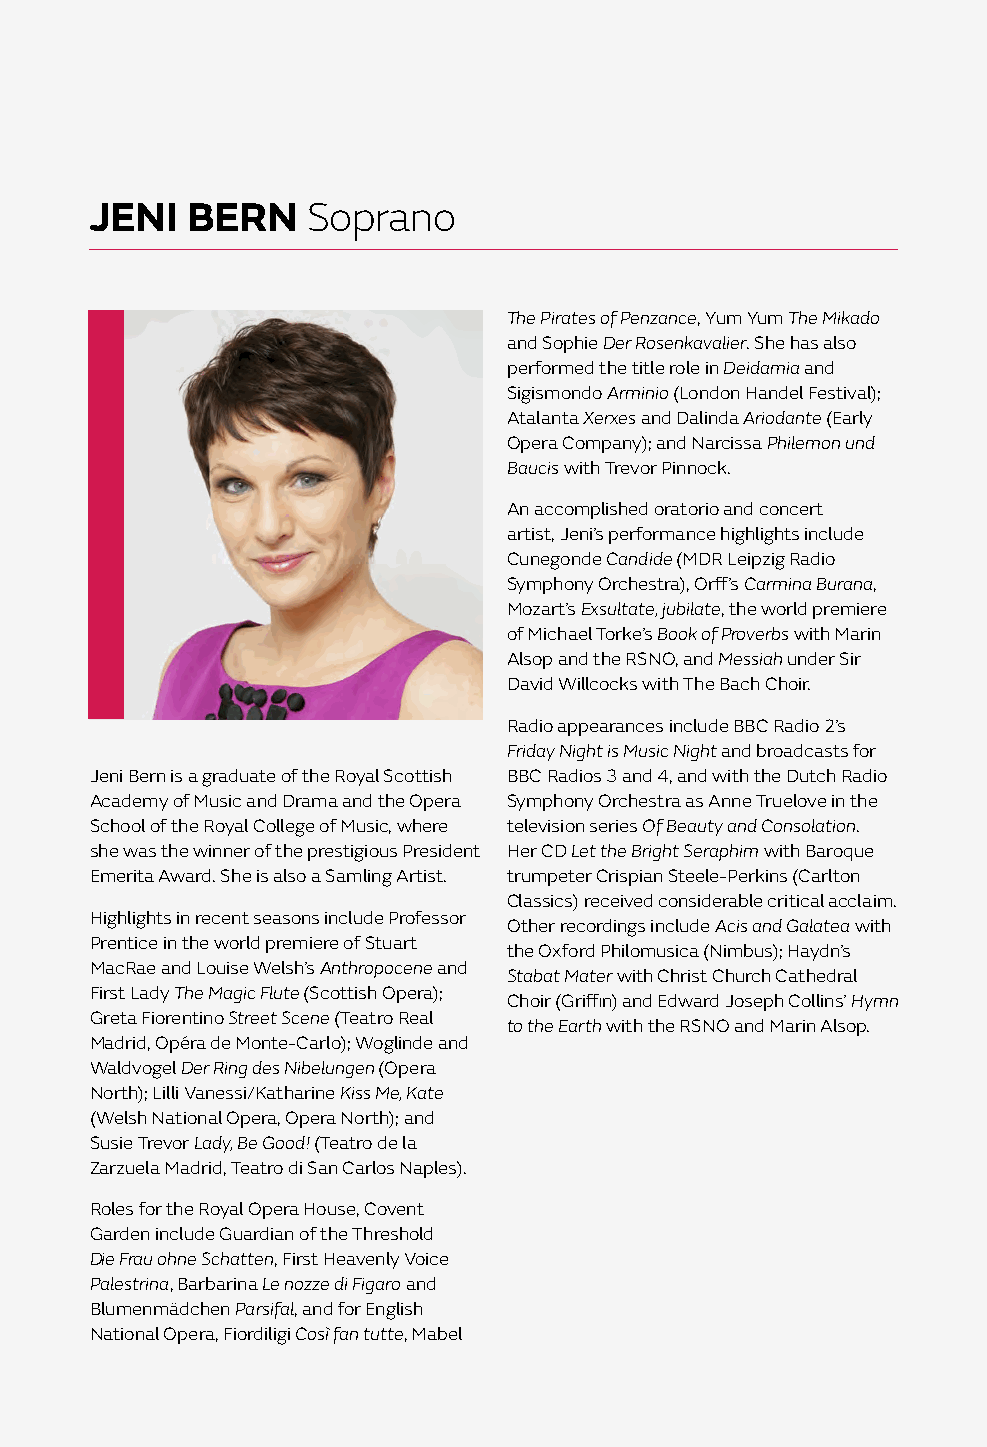
JENI  BERN    Soprano
 The Pirates of Penzance, Yum Yum The Mikado
 and Sophie Der Rosenkavalier. She has also
 performed the title role in Deidamia and
 Sigismondo Arminio (London Handel Festival);
 Atalanta Xerxes and Dalinda Ariodante (Early
 Opera Company); and Narcissa Philemon und
 Baucis with Trevor Pinnock.
 An accomplished oratorio and concert
 artist, Jeni’s performance highlights include
 Cunegonde Candide (MDR Leipzig Radio
 Symphony Orchestra), Orff’s Carmina Burana,
 Mozart’s Exsultate, jubilate, the world premiere
 of Michael Torke’s Book of Proverbs with Marin
 Alsop and the RSNO, and Messiah under Sir
 David Willcocks with The Bach Choir.
 Radio appearances include BBC Radio 2’s
 Friday Night is Music Night and broadcasts for
 Jeni Bern is a graduate of the Royal Scottish BBC Radios 3 and 4, and with the Dutch Radio
 Academy of Music and Drama and the Opera Symphony Orchestra as Anne Truelove in the
 School of the Royal College of Music, where television series Of Beauty and Consolation.
 she was the winner of the prestigious President Her CD Let the Bright Seraphim with Baroque
 Emerita Award. She is also a Samling Artist. trumpeter Crispian Steele-Perkins (Carlton
 Classics) received considerable critical acclaim.
 Highlights in recent seasons include Professor
 Other recordings include Acis and Galatea with
 Prentice in the world premiere of Stuart
 the Oxford Philomusica (Nimbus); Haydn’s
 MacRae and Louise Welsh’s Anthropocene and
 Stabat Mater with Christ Church Cathedral
 First Lady The Magic Flute (Scottish Opera);
 Choir (Griffin) and Edward Joseph Collins’ Hymn
 Greta Fiorentino Street Scene (Teatro Real
 to the Earth with the RSNO and Marin Alsop.
 Madrid, Opéra de Monte-Carlo); Woglinde and
 Waldvogel Der Ring des Nibelungen (Opera
 North); Lilli Vanessi/Katharine Kiss Me, Kate
 (Welsh National Opera, Opera North); and
 Susie Trevor Lady, Be Good! (Teatro de la
 Zarzuela Madrid, Teatro di San Carlos Naples).
 Roles for the Royal Opera House, Covent
 Garden include Guardian of the Threshold
 Die Frau ohne Schatten, First Heavenly Voice
 Palestrina, Barbarina Le nozze di Figaro and
 Blumenmädchen Parsifal, and for English
 National Opera, Fiordiligi Così fan tutte, Mabel